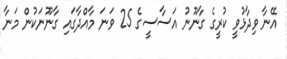
އޭނާ ވިދާޅުވީ ކުރީގެ ގާނޫނު އަސާސީގެ 25 ވަނަ މާއްދާގައި ގާނޫނަކުން މަނާ